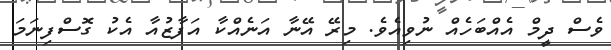
ވެސް ދީމް އެއްބަހެއް ނުވިއެވެ. މިރޭ އޭނާ އަނެއްކާ އަފާޒުއާ އެކު ގޮސްފިނަމަ